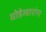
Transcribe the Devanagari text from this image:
घोडेस्वारांना